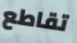
تقاطع